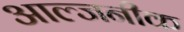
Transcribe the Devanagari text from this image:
आल्जनीक